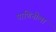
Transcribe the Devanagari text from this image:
पाणिनीला